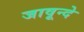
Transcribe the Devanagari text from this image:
जावून्दे